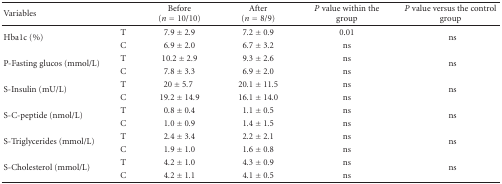
<table><thead><tr><td><b>Variables</b></td><td></td><td><b>Before (<i>n</i> = 10/10)</b></td><td><b>After (<i>n</i> = 8/9)</b></td><td><b><i>P</i> value within the group</b></td><td><b><i>P</i> value versus the control group</b></td></tr></thead><tbody><tr><td rowspan="2">Hba1c (%)</td><td>T</td><td>7.9 ± 2.9</td><td>7.2 ± 0.9</td><td>0.01</td><td rowspan="2">ns</td></tr><tr><td>C</td><td>6.9 ± 2.0</td><td>6.7 ± 3.2</td><td>ns</td></tr><tr><td rowspan="2">P-Fasting glucos (mmol/L)</td><td>T</td><td>10.2 ± 2.9</td><td>9.3 ± 2.6</td><td>ns</td><td rowspan="2">ns</td></tr><tr><td>C</td><td>7.8 ± 3.3</td><td>6.9 ± 2.0</td><td>ns</td></tr><tr><td rowspan="2">S-Insulin (mU/L)</td><td>T</td><td>20 ± 5.7</td><td>20.1 ± 11.5</td><td>ns</td><td rowspan="2">ns</td></tr><tr><td>C</td><td>19.2 ± 14.9</td><td>16.1 ± 14.0</td><td>ns</td></tr><tr><td rowspan="2">S-C-peptide (nmol/L)</td><td>T</td><td>0.8 ± 0.4</td><td>1.1 ± 0.5</td><td>ns</td><td rowspan="2">ns</td></tr><tr><td>C</td><td>1.0 ± 0.9</td><td>1.4 ± 1.5</td><td>ns</td></tr><tr><td rowspan="2">S-Triglycerides (mmol/L)</td><td>T</td><td>2.4 ± 3.4</td><td>2.2 ± 2.1</td><td>ns</td><td rowspan="2">ns</td></tr><tr><td>C</td><td>1.9 ± 1.0</td><td>1.6 ± 0.8</td><td>ns</td></tr><tr><td rowspan="2">S-Cholesterol (mmol/L)</td><td>T</td><td>4.2 ± 1.0</td><td>4.3 ± 0.9</td><td>ns</td><td rowspan="2">ns</td></tr><tr><td>C</td><td>4.2 ± 1.1</td><td>4.1 ± 0.5</td><td>ns</td></tr></tbody></table>